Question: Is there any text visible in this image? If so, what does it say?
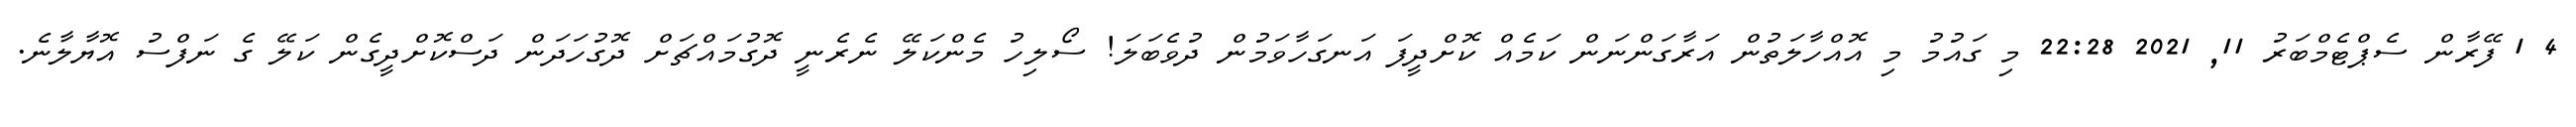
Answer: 4 1 ފޭރާން ސެޕްޓެމްބަރު 11, 2021 22:28 މި ގައުމު މި އޮއްހާލަތުން އަރާގަންނަން ކަމެއް ކޮށްދީފަ އަނގަހާވަމުން ދުވެބަލަ! ސޯލިހު މެންކަލޭ ނެރެނީ ދޮގުމައްޗަށް ދޮގުހަދަން ދަސްކޮށްދީގެން ކަލޭ ގެ ނަފްސު އޮޔާލާނެ.